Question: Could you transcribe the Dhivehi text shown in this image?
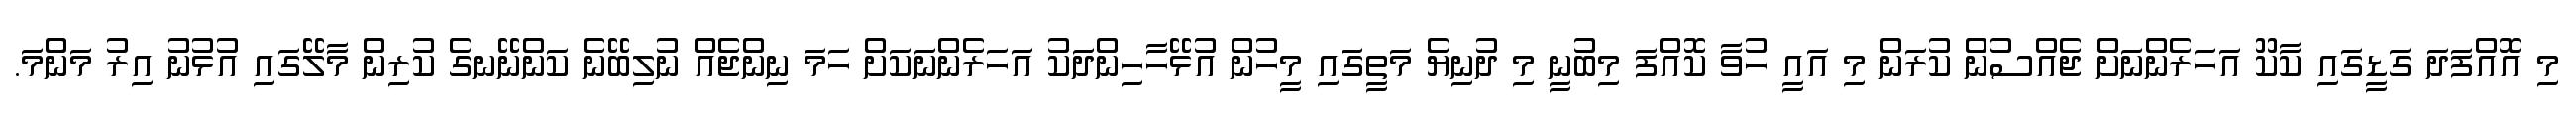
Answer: މި އޮއްފަދަ ގަޑީގައި ކާކޫ އަހަރެންނަށް ޖެއްސުން ކުރަން މި އައީ ހުވާ ކޮއްފަ މިބުނީ މި ދުނިޔެ މަތީގައި މީހުން އުޅޭހާހިންދަކު އަހަރެންނަކަށް ހަމަ ނިންޖެއް ނުލިބޭނެ ކަންނޭނގެ ކުރިން މާލޭގައި އުޅުނު އިރު މަންމަ.